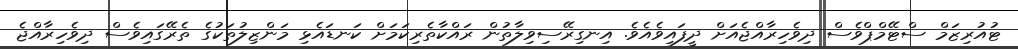
ޓުއުރިޒަމް ސްޓޭމްޕްވެސް ދިވެހިރާއްޖެއަށް ދީފައިވެއެވެ. އިނގިރޭސިވިލާތުން ރައްކާތެރިކަމަށް ކަނޑައެޅި މަންޒިލުތަކުގެ ތެރޭގައިވެސް ދިވެހިރާއްޖެ